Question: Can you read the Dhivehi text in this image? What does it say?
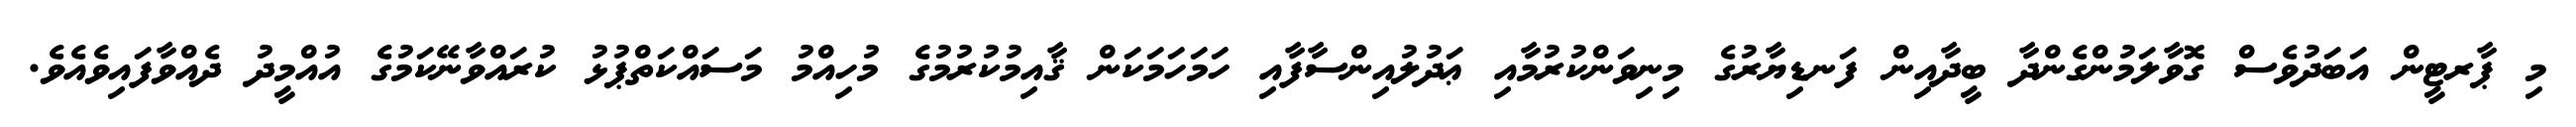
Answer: މި ޕާރޓީން އަބަދުވެސް ގޮވާލަމުންގެންދާ ބީދާއިން ފަނޑިޔާރުގެ މިނިވަންކުރުމާއި ޢަދުލުއިންސާފާއި ހަމަހަމަކަން ޤާއިމުކުރުމުގެ މުހިއްމު މަސައްކަތްޕުޅު ކުރައްވާނޭކަމުގެ އުއްމީދު ދެއްވާފައިވެއެވެ.